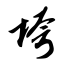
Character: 垮